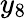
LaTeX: y_{8}